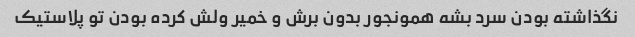
نگذاشته بودن سرد بشه همونجور بدون برش و خمیر ولش کرده بودن تو پلاستیک